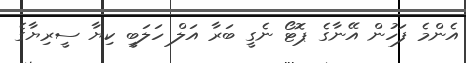
އެންމެ ފަހުން އޭނާގެ ޕޮޓޯ ނެގީ ބަރާ އަލް ހަލަބީ ކިޔާ ސީރިޔާގެ